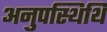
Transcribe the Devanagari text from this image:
अनुपस्थिथि